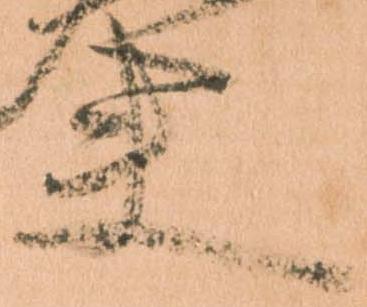
夫